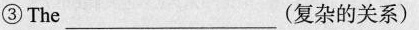
③The___(复杂的关系)